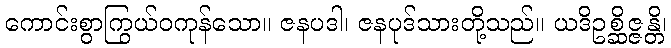
ကောင်းစွာကြွယ်ဝကုန်သော။ ဇနပဒါ၊ ဇနပုဒ်သားတို့သည်။ ယဒိဥစ္ဆိဇ္ဇန္တိ၊